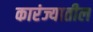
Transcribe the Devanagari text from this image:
कारंज्यातील